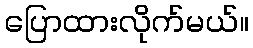
ပြောထားလိုက်မယ်။